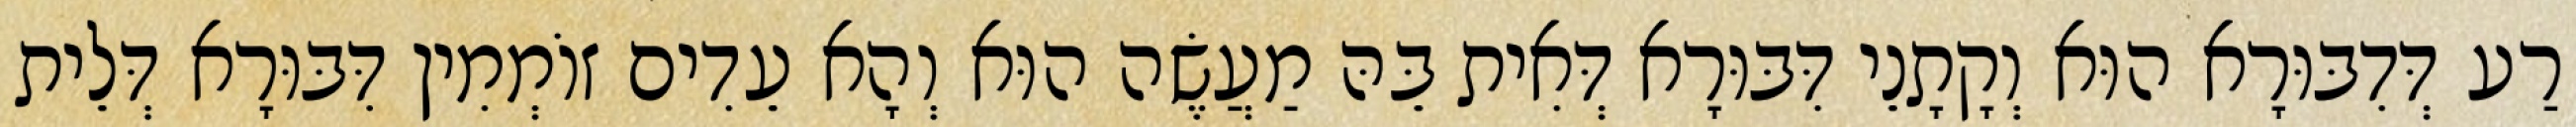
רַע דְּדִבּוּרָא הוּא וְקָתָנֵי דִּבּוּרָא דְּאִית בֵּהּ מַעֲשֶׂה הוּא וְהָא עֵדִים זוֹמְמִין דִּבּוּרָא דְּלֵית